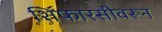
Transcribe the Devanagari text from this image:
शिफारसीवरून